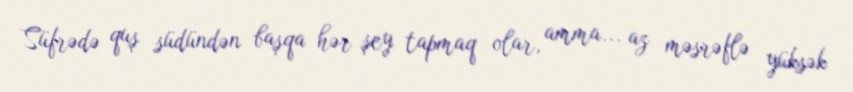
Süfrədə quş südündən başqa hər şey tapmaq olar, amma... az məsrəflə yüksək